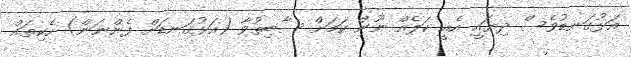
އަޅުގަނޑުވެސް ދިޔައީ އެއީ ކަލެއް ނޫން ކަމަށް ސާބިތުވާ (އަޅުގަނޑަށް ފެންނަން) ހެކިތައް